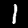
Digit: 1